Report on lock hospitals in British Burma
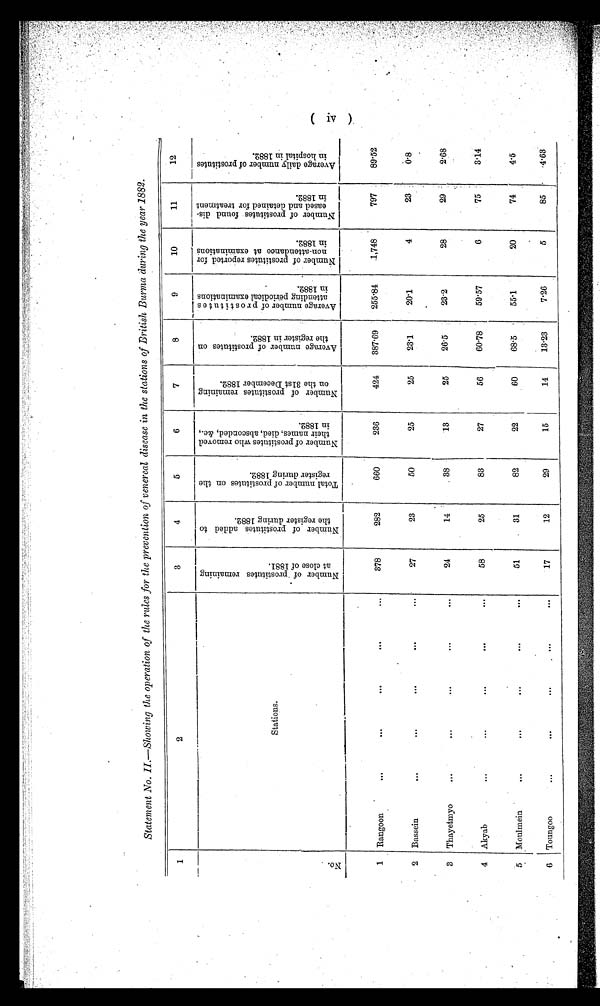
Statement No. II.—Showing the operation of the rules for the prevention of venereal disease in the stations of British Burma during the year 1882.
1
2
3
4
5
6
7
8
9
10
11
12
N o .
S t a t i o n s .
N u m b e r o f p r o s t i t u t e s r e m a i n i n g a t c l o s e o f 1 8 8 1 .
N u m b e r o f p r o s t i t u t e s a d d e d t o t h e r e g i s t e r d u r i n g 1 8 8 2 .
T o t a l n u m b e r o f p r o s t i t u t e s o n t h e r e g i s t e r d u r i n g 1 8 8 2 .
N u m b e r o f p r o s t i t u t e s w h o r e m o v e d t h i e r n a m e s , d i e d , a b s c o n d e d , & c . , i n 1 8 8 2 .
N u m b e r o f p r o s t i t u t e s r e m a i n g o n t h e 3 1 s t D e c e m b e r 1 8 8 2 .
A v e r a g e n u m b e r o f p r o s t i t u t e s o n t h e r e g i s t e r i n 1 8 8 2 .
A v e r a g e n u m b e r o f p r o s t i t u t e s a t t e n d i n g p e r i o d i c a l e x a m i n a t i o n s i n 1 8 8 2 .
N u m b e r o f p r o s t i t u t e s r e p o r t e d f o r n o n - a t t e n d a n c e a t e x a m i n a t i o n s i n 1 8 8 2 .
N u m b e r o f p r o s t i t u t e s f o u n d d i s e a s e d a n d d e t a i n e d f o r t r e a t m e n t i n 1 8 8 2 .
A v e r a g e d a i l y n u m b e r o f p r o s t i t u t e s i n h o s p i t a l i n 1 8 8 2 .
1
Rangoon
....
378
282
660
236
424
387.69
255.84
1,748
797
89.52
2
Bassein
...
...
27
23
50
25
25
23.1
20.1
4
23
0.8
3
Thayetmyo
. . . ...
...
24
14
38
13
25
26.5
23.2
28
29.
2.68
4
Akyab
...
...
58
25
83
27
56
60.78
59.57
6
75
3.14
5
Moulmein
...
. . .
51
31
82
22
60
68.5
55.1
20
74
4.5
6
Toungoo
...
17
12
29
15
14
13.23
7.26
5
85
4.63
(IV)